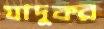
যাদুকর